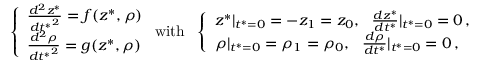
\left\{ \begin{array} { l l } { \frac { d ^ { 2 } z ^ { * } } { { d t ^ { * } } ^ { 2 } } = f ( z ^ { * } , \rho ) } \\ { \frac { d ^ { 2 } \rho } { { d t ^ { * } } ^ { 2 } } = g ( z ^ { * } , \rho ) } \end{array} \right. \mathrm { w i t h } \ \ \left\{ \begin{array} { l l } { z ^ { * } | _ { t ^ { * } = 0 } = - z _ { 1 } = z _ { 0 } , \ \ \frac { d z ^ { * } } { d t ^ { * } } | _ { t ^ { * } = 0 } = 0 \, , } \\ { \rho | _ { t ^ { * } = 0 } = \rho _ { 1 } = \rho _ { 0 } , \ \ \frac { d \rho } { d t ^ { * } } | _ { t ^ { * } = 0 } = 0 \, , } \end{array} \right.